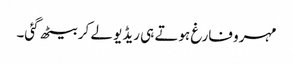
مہرو فارغ ہوتے ہی ریڈیو لے کر بیٹھ گئی۔